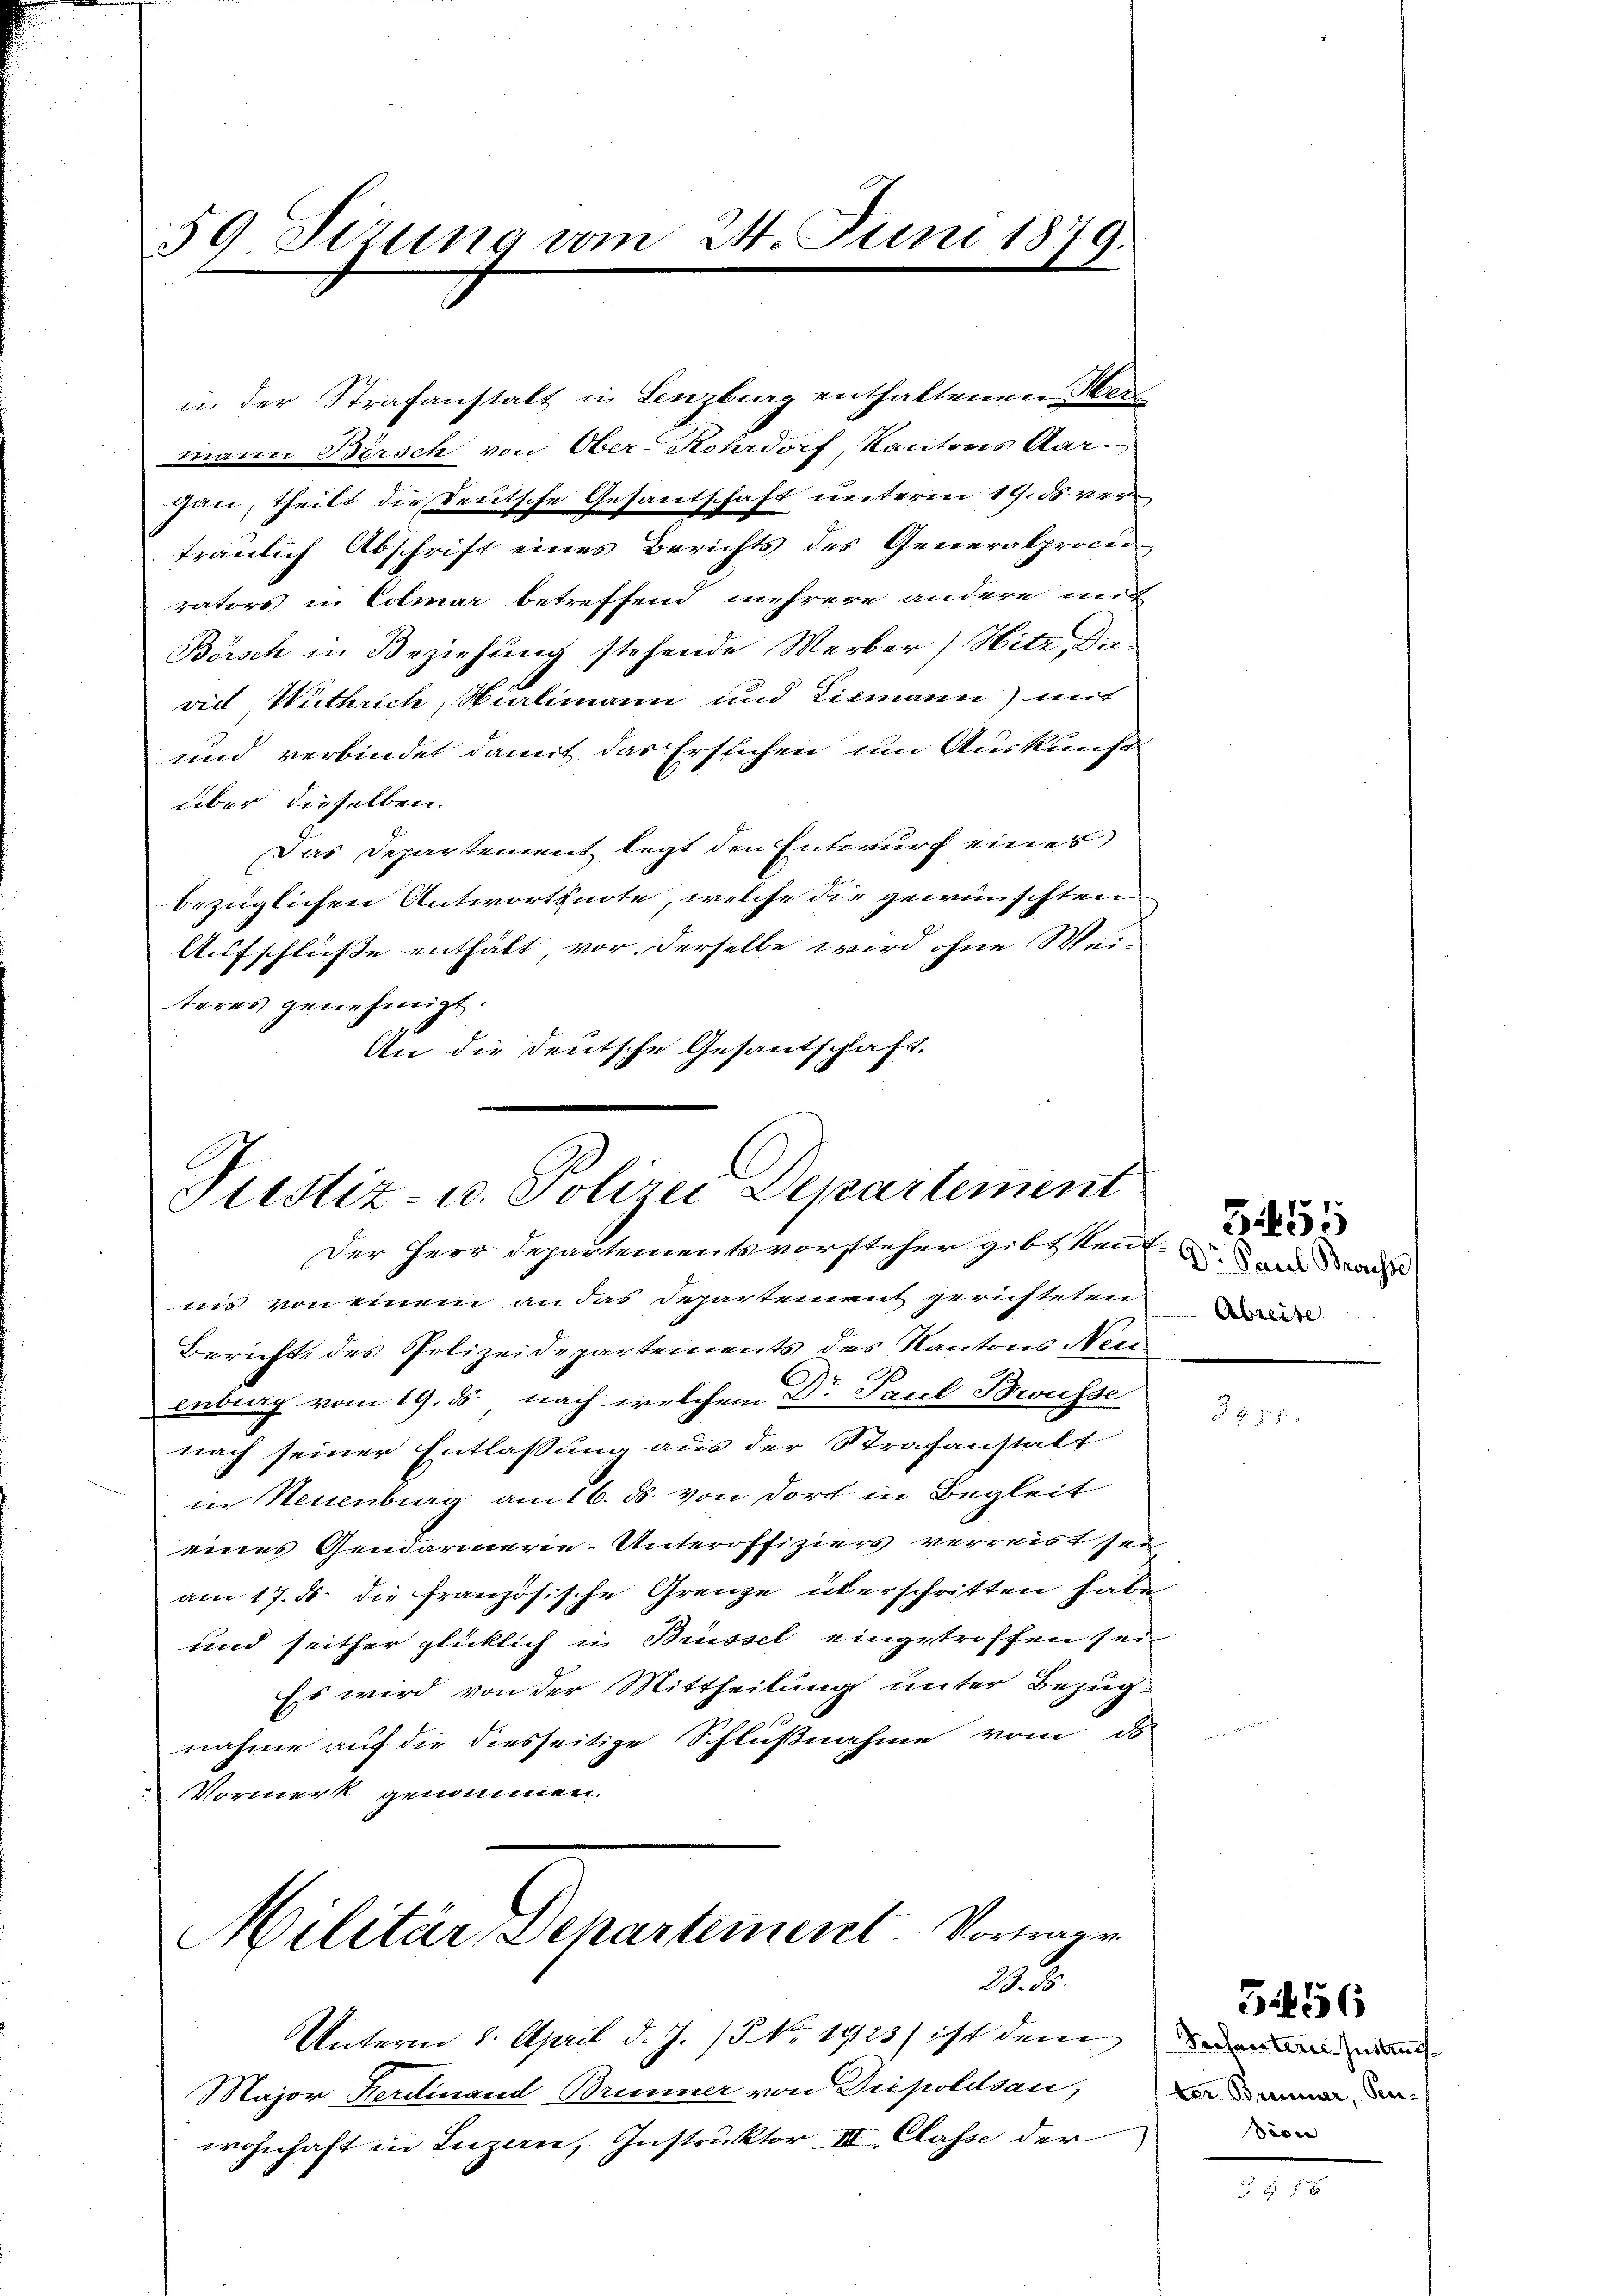
59. Sizung vom 24. Juni 1879.

in der Strafanstalt in Lenzburg enthaltenen Her
mann Bersch von Ober-Kohrdorf, Kantons Aargan, theilt die Teutsche Gesantschaft unterm 19. ds. vertraulich Abschrift eines Berichts des Generalprocu
rators in Colmar betreffend mehrere andere mic
Börsch in Beziehung stehende Werber) Hitz Daviel Withrich, Wialimann und Lismann) mit
und verbindet damit das Erstehen um Auskunft
über dieselben.
Das Departement legt den Entwurf eines
bezüglichen Antwortsnote, welche die gewünschten
Aufschluße enthält, vor, derselbe wird ohne Wei-
teres genehmigt.
An die deutsche Gesantschaft.

Pustiz- u. Polizei Departement
Der Herr Departementsvorsteher gibt ken u. der Sache

nis von einem an das Departement gerichteten
Bericht des Polizeidepartements des Kantons Neer
entrag vom 19. ds. nach welchem Dr Paul Brüsse
nach seiner Entlassung aus der Strafanstalt
in Neuenburg am 16. ds. von dort in Begleit
eines Gendarmerie-Unteroffiziers verreist sei
am 17. 5. die französische Grenze überschritten habe
und seither glücklich in Brüssel eingetroffen sein
Es wird von der Mittheilung unter Bezugnahme auf die diesseitige Schlußnahme vom d
Vormerk genommen.

Militär, Dehartement Vorwarr
3.

Unterm 8. April d. J. P. Nr. 1923 ist dem
Major Herdinand Brummer von Diepoldsau,
wohnhaft in Luzern, Instruktor II. Classe der

Absent

3755

31455

Prosanterie Instructer Brunner, Pen¬
Dion

5456